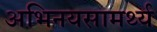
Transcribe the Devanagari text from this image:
अभिनयसामर्थ्य